Source: Handwritten
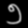
Digit: ၅ (5)